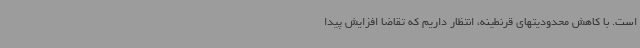
است. با کاهش محدودیتهای قرنطینه، انتظار داریم که تقاضا افزایش پیدا